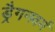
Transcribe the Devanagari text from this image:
ड्रैगनवर्म